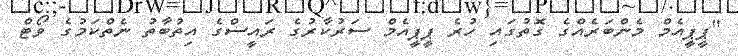
"ޕީޕީއެމް މެންބަރެއްގެ ގޮތުގައި ހުރެ ޕީޕީއެމް ސަރުކާރުގެ ރައީސްގެ އިތުބާތު ނެތްކަމުގެ ވޯޓް